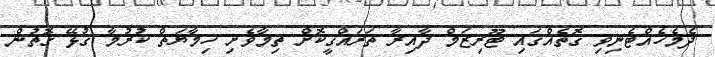
ދެމެހެއްޓެނިވި ގޮތެއްގައި ޓޫރިޒަމް ދާއިރާ ތަރައްގީކޮށް ތިމާވެށި ހިމާޔަތް ކުރުމާ ގުޅޭ ގޮތުން